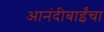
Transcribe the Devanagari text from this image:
आनंदीबाईंचा